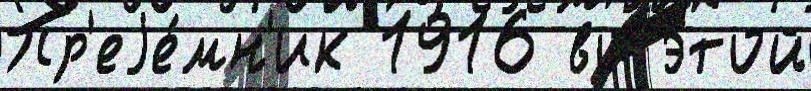
Пр'еjе́мн'ик 1916 во э́той